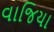
વાજિયા